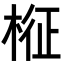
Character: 𣔥